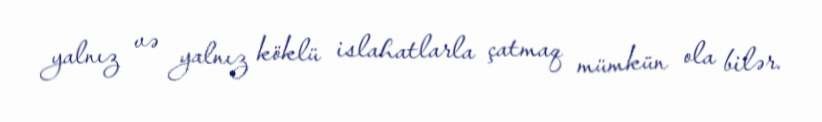
yalnız və yalnız köklü islahatlarla çatmaq mümkün ola bilər.